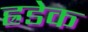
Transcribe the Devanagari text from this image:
ह्रडेक